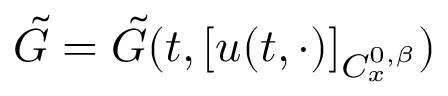
\tilde { G } = \tilde { G } ( t , [ u ( t , \cdot ) ] _ { C _ { x } ^ { 0 , \beta } } )